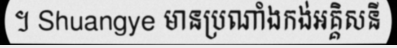
។ Shuangye មានប្រណាំងកង់អគ្គិសនី